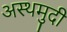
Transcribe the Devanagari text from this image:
अस्थमुदी